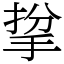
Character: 㧳